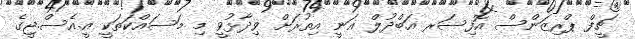
ޗީފް ޕްރިޒަންސް އޮފިސަރ އަބްދުލް ޣަނީ އިތުރަށް ވިދާޅުވީ މި މަސައްކަތަކީ އީ.އެސް.ޖީގެ